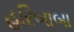
હરિબાબા